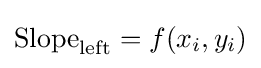
{\text{Slope}}_{\text{left}}=f(x_{i},y_{i})